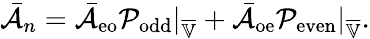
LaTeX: \bar{\mathcal{A}}_{n}=\bar{\mathcal{A}}_{\mathrm{eo}}\mathcal{P}_{\mathrm{odd}}|_{\overline{{\mathbb{V}}}}+\bar{\mathcal{A}}_{\mathrm{oe}}\mathcal{P}_{\mathrm{even}}|_{\overline{{\mathbb{V}}}}.